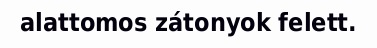
alattomos zátonyok felett.